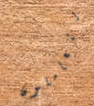
يتعاملون